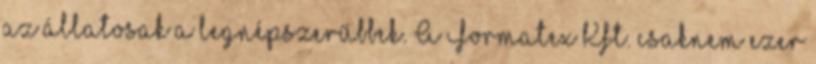
az állatosak a legnépszerűbbek. A Formatex Kft. csaknem ezer